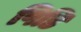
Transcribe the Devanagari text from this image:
पिडि